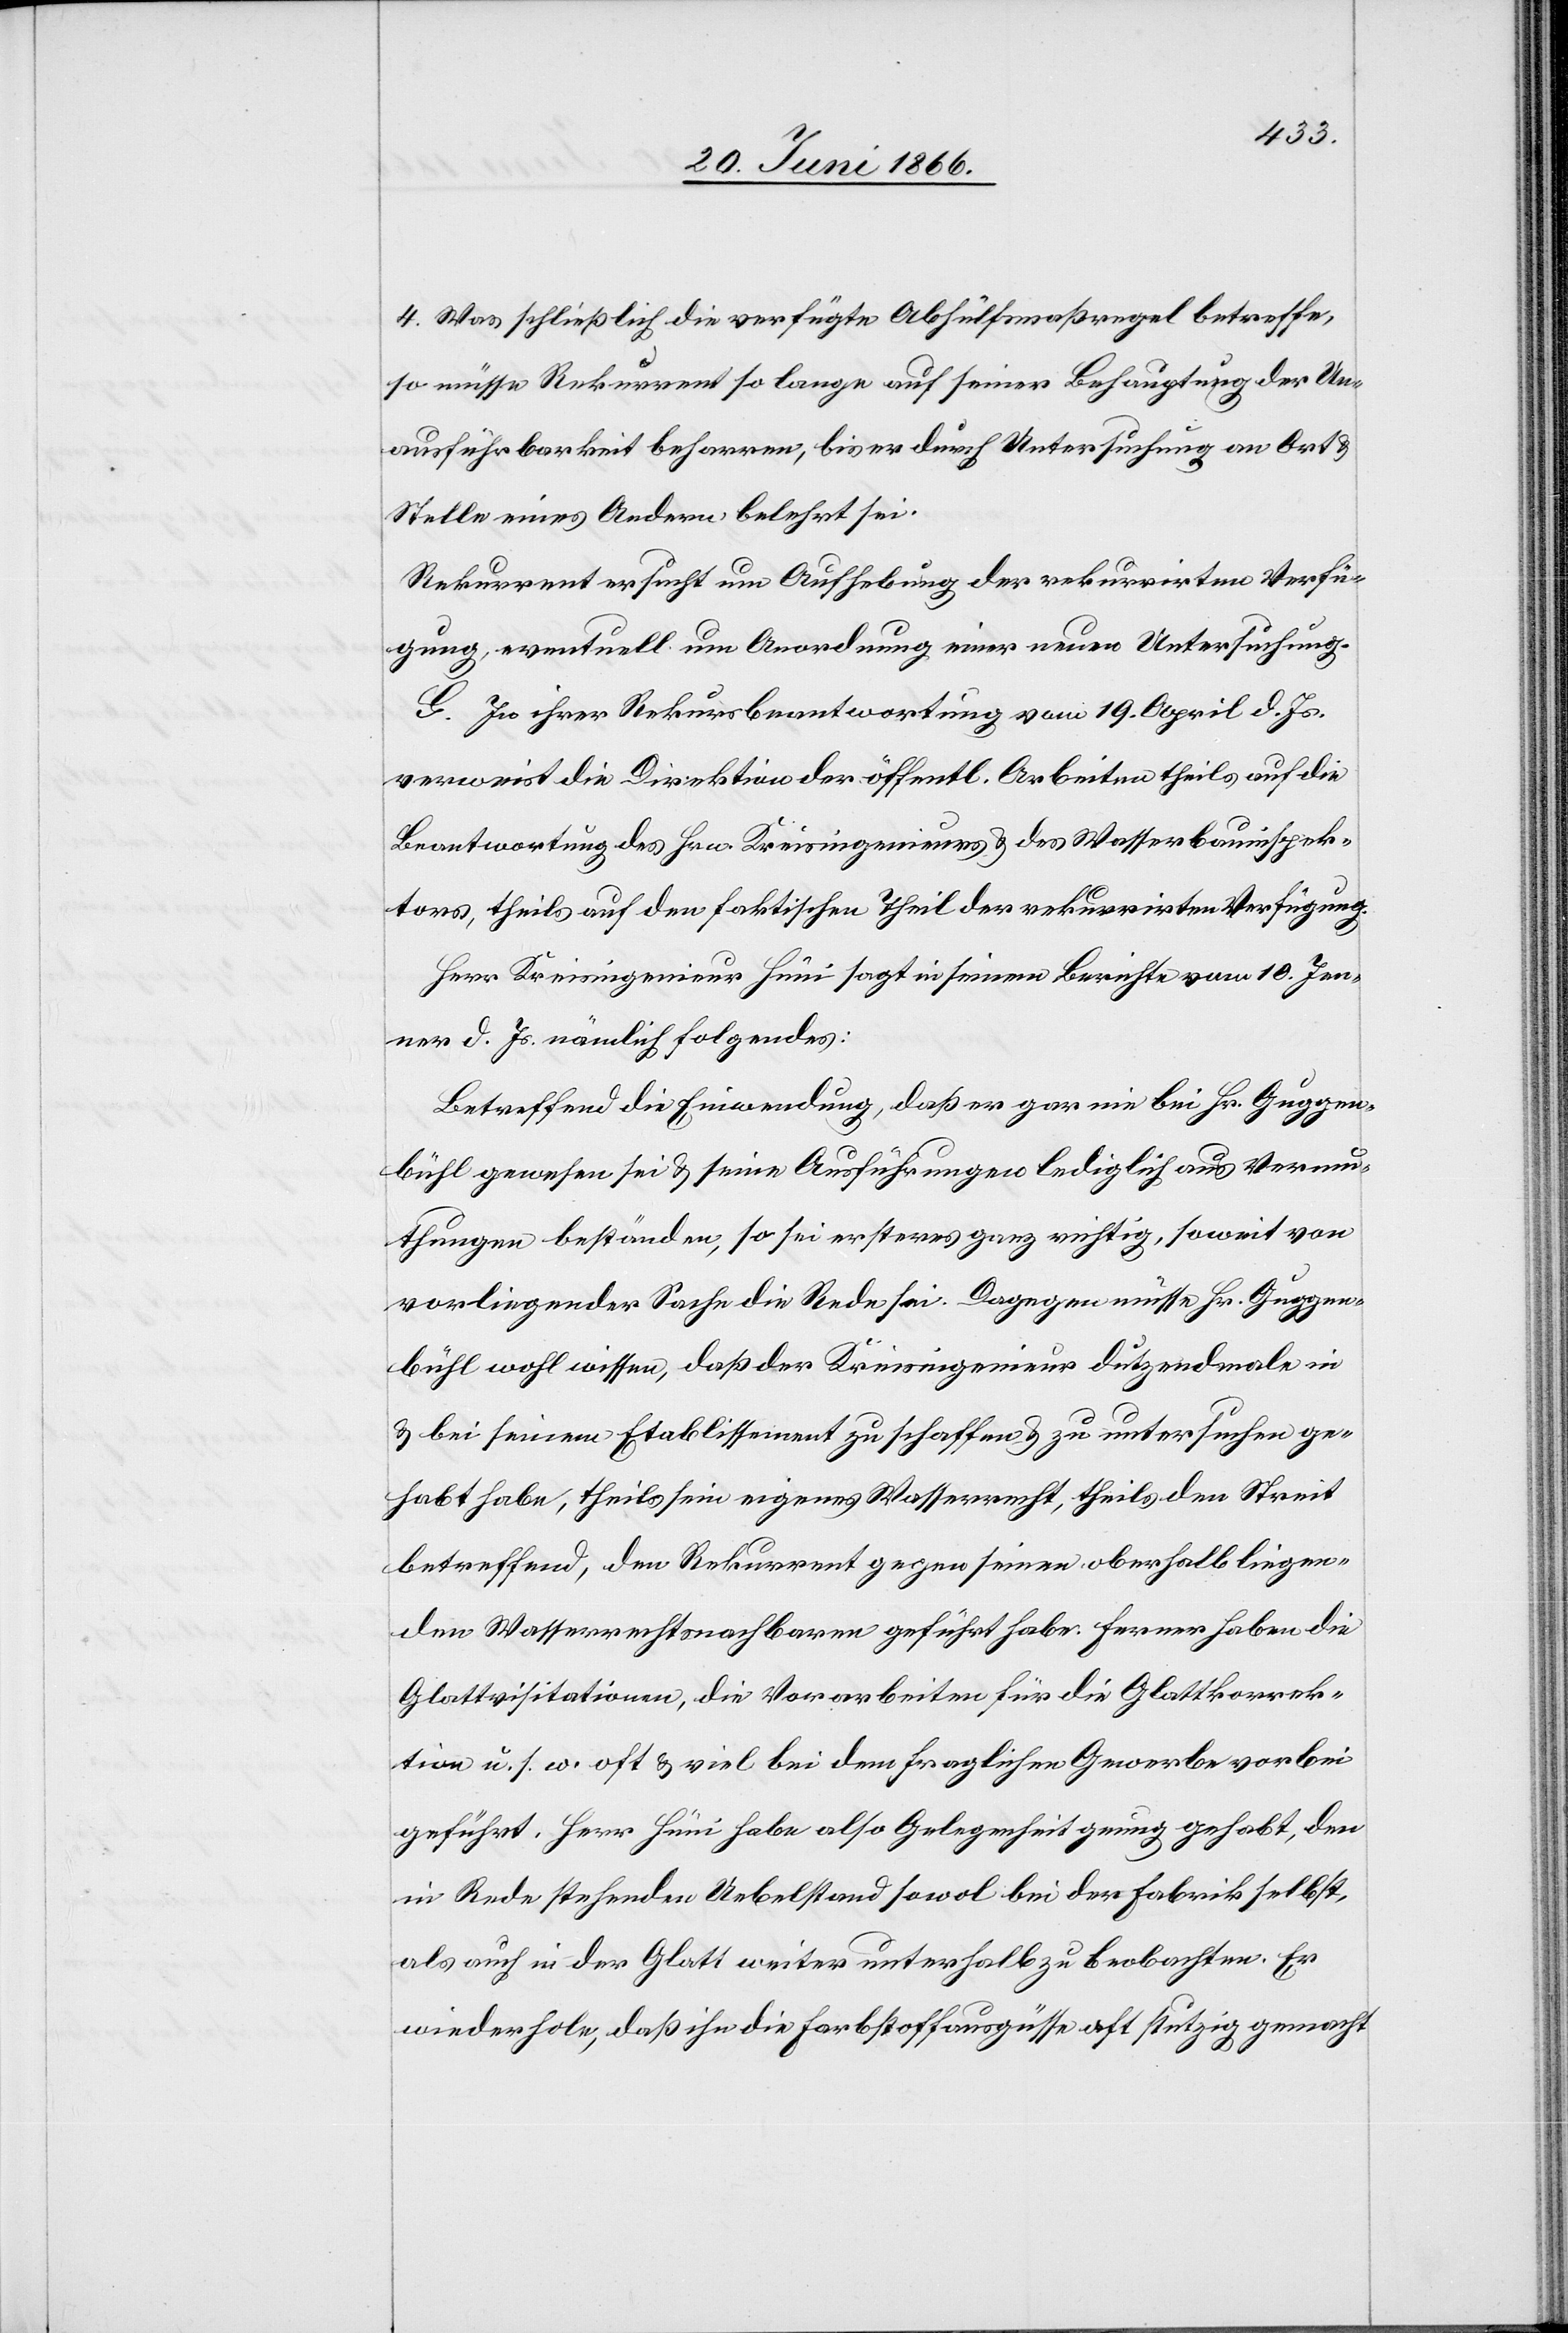
4. Was schließlich die verfügte Abhülfsmaßregel betreffe,
so müsse Rekurrent so lange auf seiner Behauptung der Un¬
ausführbarkeit beharren, bis er durch Untersuchung an Ort u.
Stelle eines Andern belehrt sei.
Rekurrent ersucht um Aufhebung der rekurrirten Verfü¬
gung, eventuell um Anordnung einer neuen Untersuchung.
G. In ihrer Rekursbeantwortung vom 19. April d. Js.
verweist die Direktion der öffentl. Arbeiten theils auf die
Beantwortung des Hrn. Kreisingenieurs u. des Wasserbauinspek¬
tors, theils auf den faktischen Theil der rekurrirten Verfügung.
Herr Kreisingenieur Hüni sagt in seinem Berichte vom 10. Jen¬
ner d. Js. nämlich folgendes:
Betreffend die Einwendung, daß er gar nie bei Hr. Guggen¬
bühl gewesen sei u. seine Ausführungen lediglich aus Vermu¬
thungen beständen, so sei ersteres ganz richtig, soweit von
vorliegender Sache die Rede sei. Dagegen müsse Hr. Guggen¬
bühl wohl wissen, daß der Kreisingenieur dutzendmale in
u. bei seinem Etablissement zu schaffen u. zu untersuchen ge¬
habt habe, theils sein eigenes Wasserrecht, theils den Streit
betreffend, den Rekurrent gegen seinen oberhalb liegen¬
den Wasserrechtsnachbarn geführt habe. Ferner haben die
Glattvisitationen, die Vorarbeiten für die Glattkorrek¬
tion u. s. w. oft u. viel bei dem fraglichen Gewerbe vorbei¬
geführt. Herr Hüni habe also Gelegenheit genug gehabt, den
in Rede stehenden Uebelstand sowol bei der Fabrik selbst,
als auch in der Glatt weiter unterhalb zu beobachten. Er
wiederhole, daß ihn die Farbstoffausgüsse oft stutzig gemacht